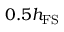
0 . 5 h _ { \mathrm { F S } }